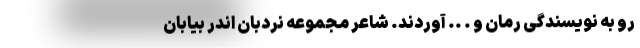
رو به نویسندگی رُمان و . .. آوردند. شاعر مجموعه نردبان اندر بیابان